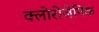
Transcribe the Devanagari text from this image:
क्लोरोजेनिक